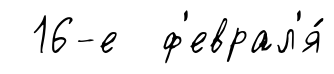
16-е ф'еврал'я́